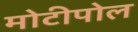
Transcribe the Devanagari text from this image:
मोटीपोल